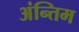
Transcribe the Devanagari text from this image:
अंन्तिम